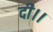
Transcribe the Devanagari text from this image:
दी।।